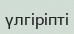
үлгіріпті